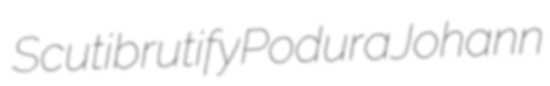
Scuti brutify Podura Johann